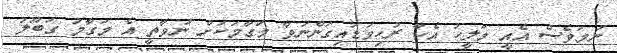
ނަމަވެސް އެއީ މަލީހު އެހާ ރުހިވަޑައިގަންނަވާ މަގާމަކަށް ނުވާތީ އެ މަގާމު ގަބޫލު